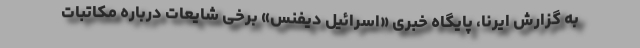
به گزارش ایرنا، پایگاه خبری «اسرائیل دیفنس» برخی شایعات درباره مکاتبات